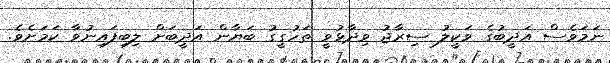
ނަމަވެސް އަދީބުގެ ވަކީލު ސިރާޖު ވިދާޅުވީ ތަހުގީގު ބަޔާން އަދީބަށް ލިބިފައިނުވާ ކަމަށެވެ.